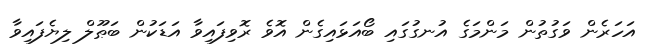
އަހަރެން ވަގުތުން މަންމަގެ އުނގުގައި ބޯއަޅައިގެން އޮވެ ރޮވިފައިވާ އަޑަކުން ބަޠޫލް ލިޔެފައިވާ